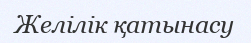
Желілік қатынасу